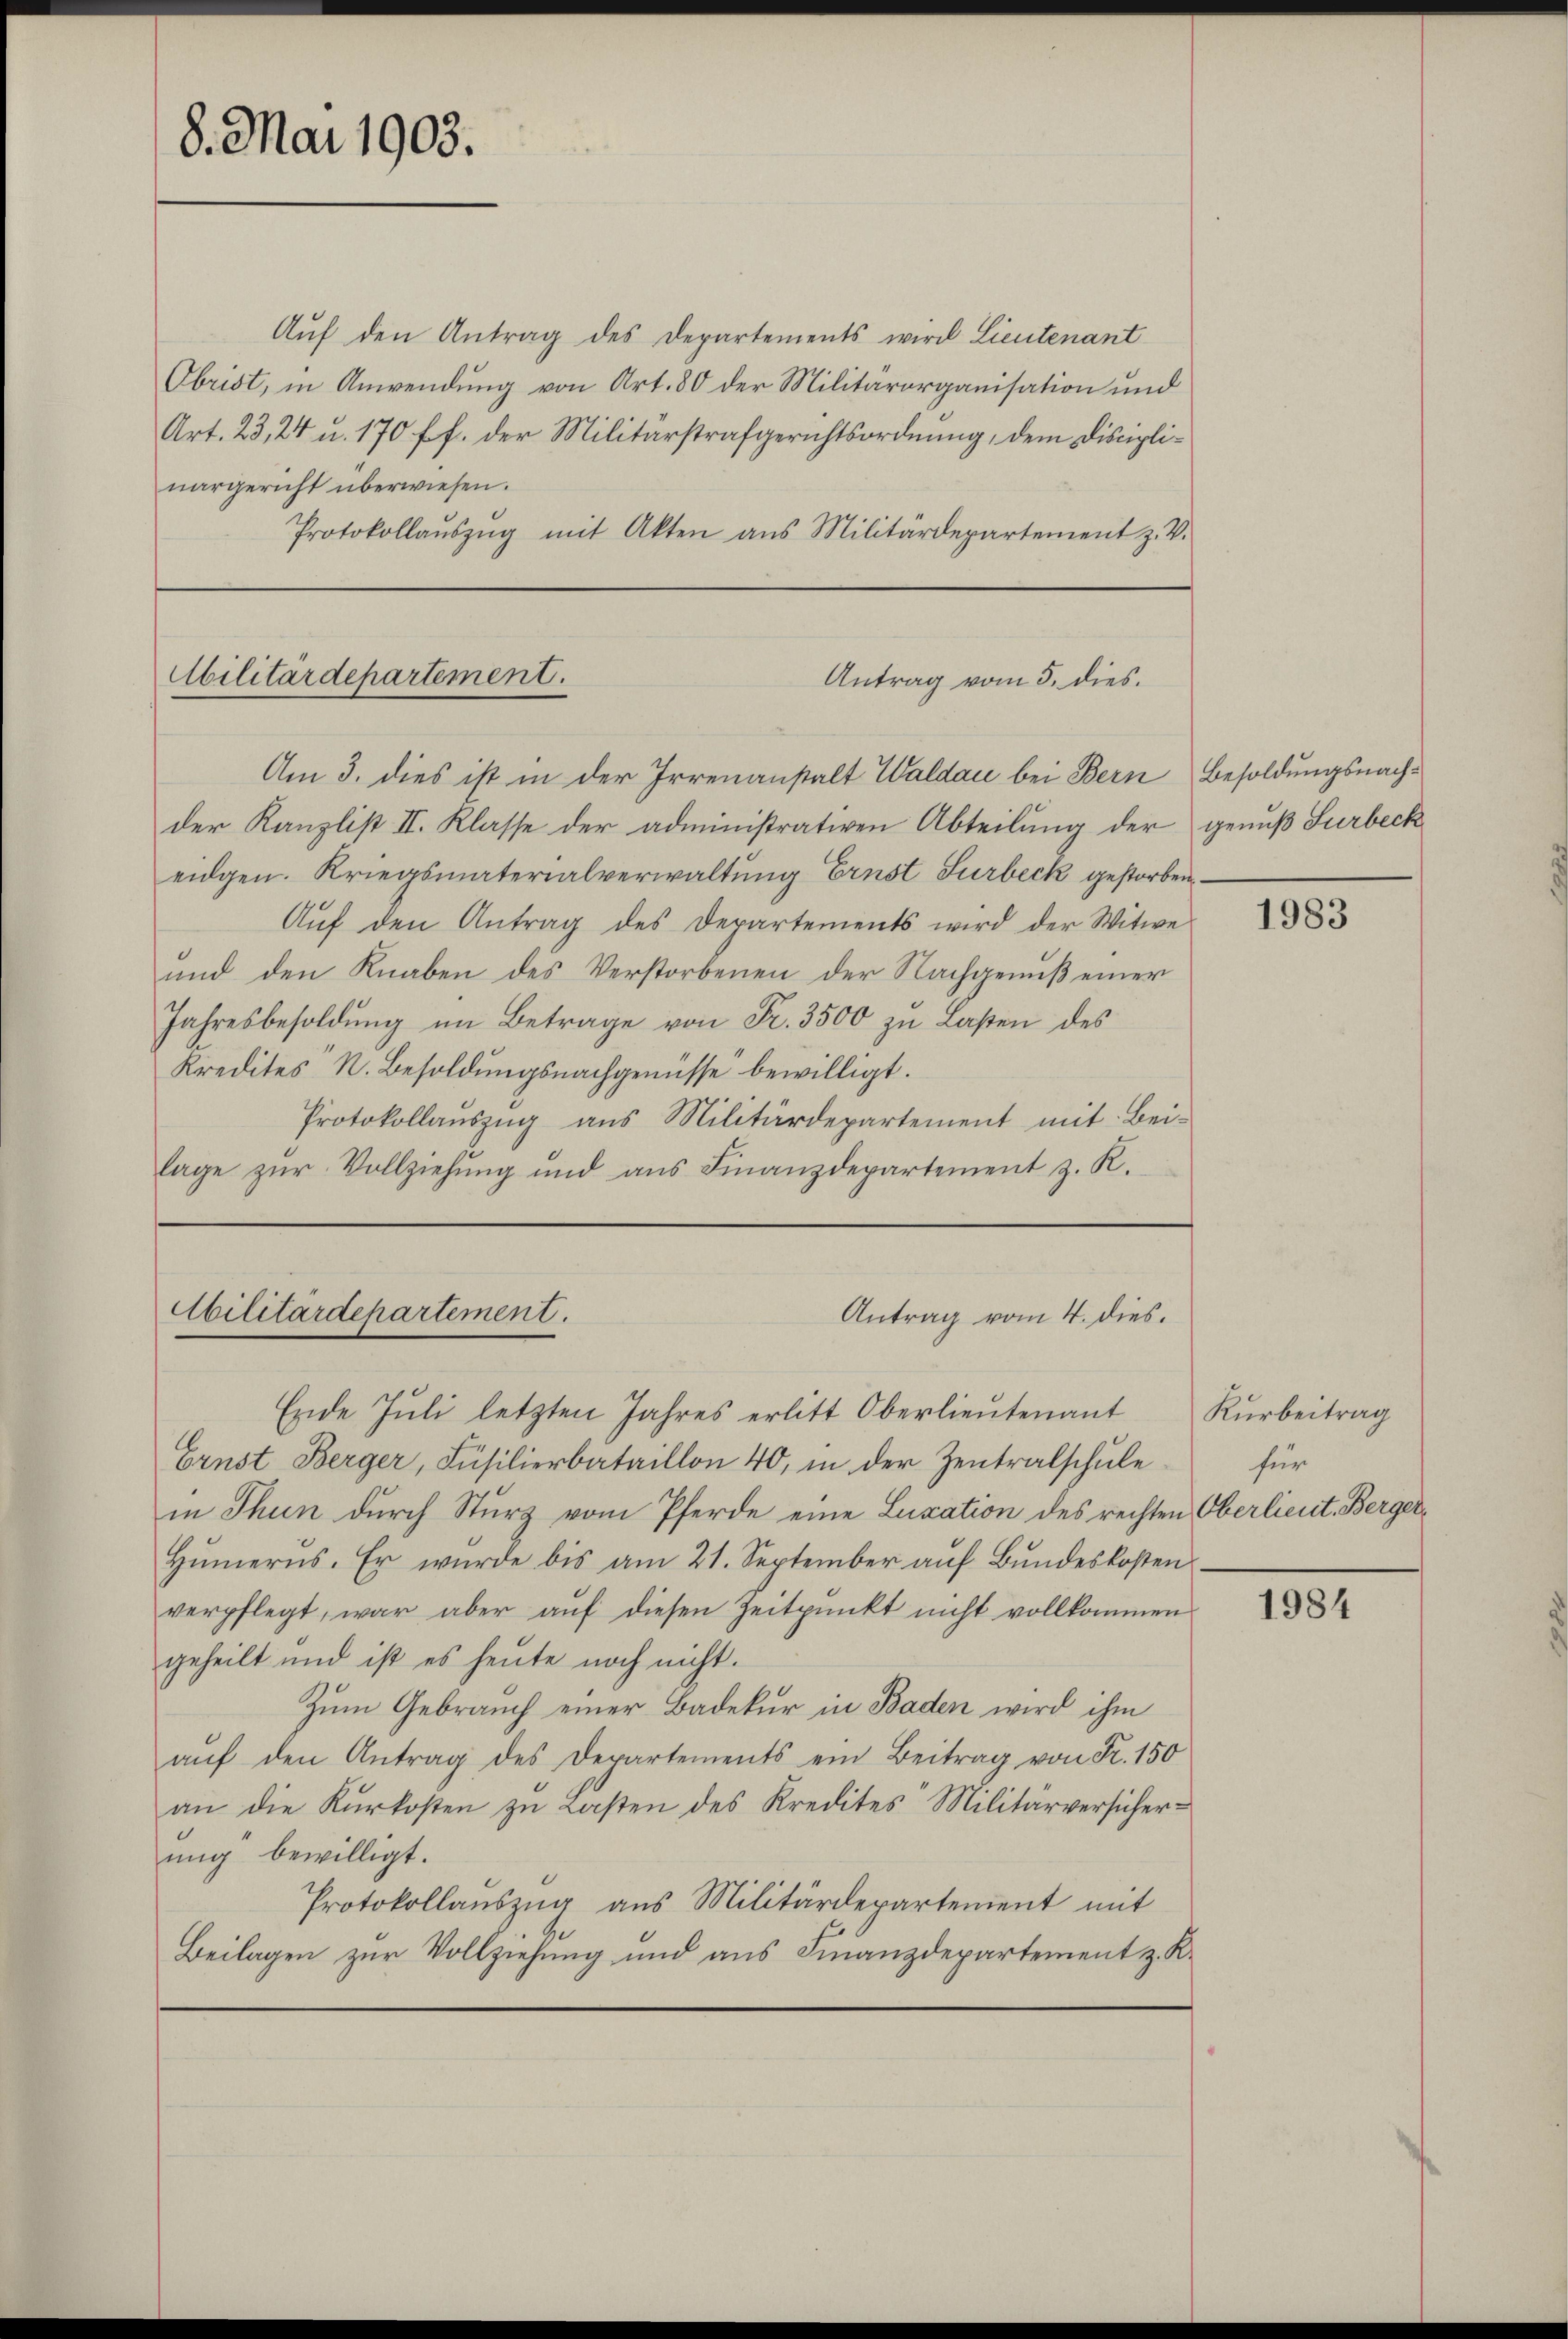
8. Mai 1903.

Aŭf den Antrag des Departements wird Lieutenant
Obrist, in Anwendung von Art. 80 der Militärorganisation und
Art. 23, 24 u. 170 ff. der Militärstrafgerichtsordnung, dem Disciplinargericht überwiesen.
Protokollaŭszŭg mit Akten aus Militärdepartement z. V.

Abilitärdepartement.
Antrag vom 5. dies.
Am 3. dies ist in der Irrenanstalt Waldau bei Bern Besoldungsnach¬

der Kanzlist II. Klasse der administrativen Abteilung der genuß Surbeck
eidgen. Kriegsmaterialverwaltung Ernst Surbeck gestorben,
Aŭf den Antrag des Departements wird der Witwe
und den Knaben des Verstorbenen der Nachgenuß einer
Jahresbesoldŭng im Betrage von Fr. 3500 zu Lasten des
Kredites N. Besoldŭngsnachgenüsse bewilligt.
Protokollauszug aus Militärdepartement mit Bei-
lage zŭr Vollziehŭng und ans Finanzdepartement z. K.

Abilitärdepartement.
Antrag vom 4. dies.
Ende Juli letzten Jahres erlitt Oberlieutenant

Ernst Berger, Füsilierbataillon 40, in der Zentralschule
in Thun durch Sturz vom Pferde eine Luxation des rechten Oberlieut. Berger¬
Hümerns. Er würde bis am 21. September aŭf Bŭndeskosten
verpflegt, war aber aŭf diesen Zeitpunkt nicht vollkommen
geheilt und ist es heute noch nicht.
Zum Gebrauch einer Badekur in Baden wird ihm
aŭf den Antrag des Departements ein Beitrag von Fr. 150
an die Kŭrkosten zu Lasten des Kredites Militärversicherung bewilligt.
Protokollaŭszŭg aus Militärdepartement mit
Beilagen zur Vollziehung und aus Finanzdepartement z. K.

1983

Kurbeitrag
für

1984